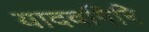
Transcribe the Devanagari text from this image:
यादवगिरि